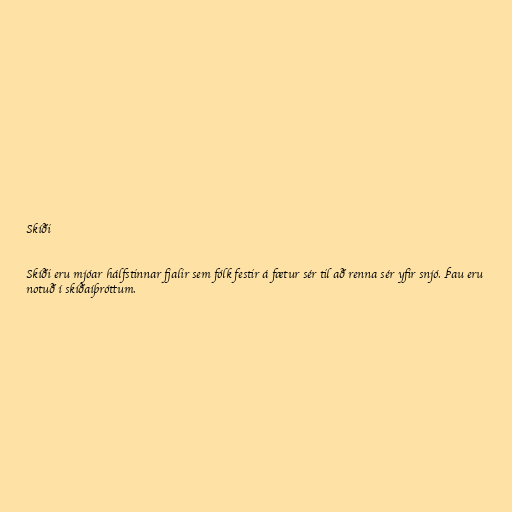
Skíði

Skíði eru mjóar hálfstinnar fjalir sem fólk festir á fætur sér til að renna sér yfir snjó. Þau eru
notuð í skíðaíþróttum.